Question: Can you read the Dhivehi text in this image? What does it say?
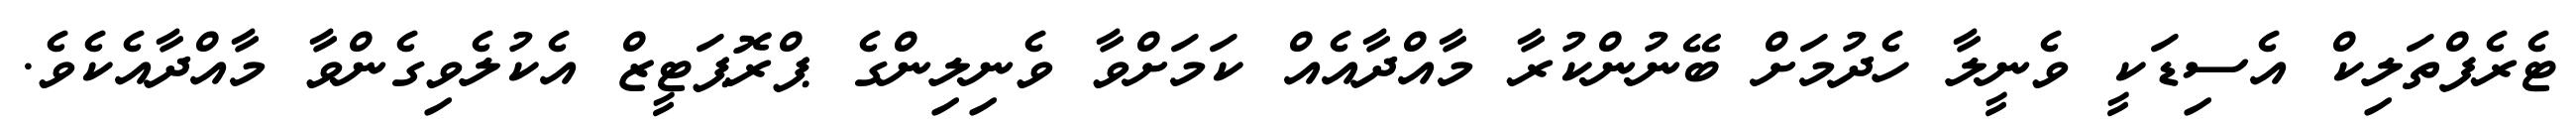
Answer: ޓެރެފްތަލިކް އެސިޑަކީ ވެނީލާ ހެދުމަށް ބޭނުންކުރާ މާއްދާއެއް ކަމަށްވާ ވެނިލިންގެ ޕްރޮޕަޓީޒް އެކުލެވިގެންވާ މާއްދާއެކެވެ.